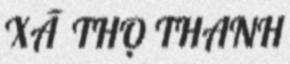
XÃ THỌ THANH